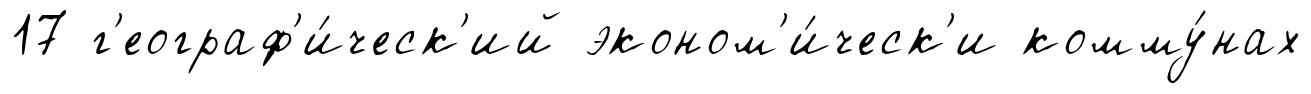
17 г'еограф'и́ческ'ий эконом'и́ческ'и комму́нах